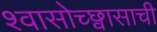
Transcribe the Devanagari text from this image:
श्वासोच्छ्वासाची